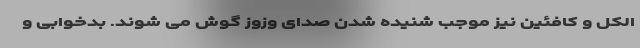
الکل و کافئین نیز موجب شنیده شدن صدای وزوز گوش می شوند. بدخوابی و